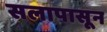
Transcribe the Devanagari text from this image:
सलापासून